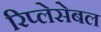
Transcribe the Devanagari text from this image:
रिप्लेसेबल